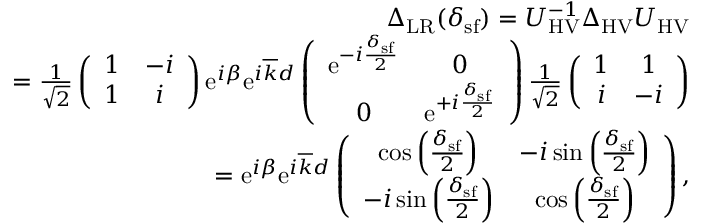
\begin{array} { r l r } & { } & { \Delta _ { \mathrm { L R } } ( \delta _ { \mathrm { s f } } ) = U _ { \mathrm { H V } } ^ { - 1 } \Delta _ { \mathrm { H V } } U _ { \mathrm { H V } } } \\ & { } & { = \frac { 1 } { \sqrt { 2 } } \left( \begin{array} { c c } { 1 } & { - i } \\ { 1 } & { i } \end{array} \right) \mathrm { e } ^ { i \beta } \mathrm { e } ^ { i \overline { { k } } d } \left( \begin{array} { c c } { \mathrm { e } ^ { - i \frac { \delta _ { \mathrm { s f } } } { 2 } } } & { 0 } \\ { 0 } & { \mathrm { e } ^ { + i \frac { \delta _ { \mathrm { s f } } } { 2 } } } \end{array} \right) \frac { 1 } { \sqrt { 2 } } \left( \begin{array} { c c } { 1 } & { 1 } \\ { i } & { - i } \end{array} \right) } \\ & { } & { = \mathrm { e } ^ { i \beta } \mathrm { e } ^ { i \overline { { k } } d } \left( \begin{array} { c c } { \cos \left( \frac { \delta _ { \mathrm { s f } } } { 2 } \right) } & { - i \sin \left( \frac { \delta _ { \mathrm { s f } } } { 2 } \right) } \\ { - i \sin \left( \frac { \delta _ { \mathrm { s f } } } { 2 } \right) } & { \cos \left( \frac { \delta _ { \mathrm { s f } } } { 2 } \right) } \end{array} \right) , } \end{array}